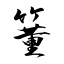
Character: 箽